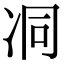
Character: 㓊